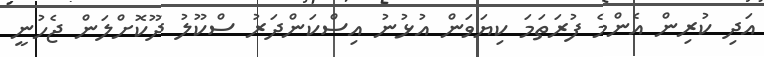
އަދި ކުރިން އެންމެ ފުރަތަމަ ކިޔަވަން އުޅުނު އިސްކަންދަރު ސްކޫލު ދޫކޮށްލަން ޖެހުނީ